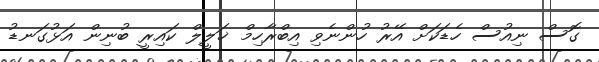
ގޮސް ނިއުސް ހެޑަކަށް އޭރު ހުންނެވި އިބްރާހިމް ޚަލީލް ކައިރީ ބުނިން އަޅުގަނޑު